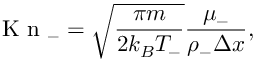
\mathrm { ~ K ~ n ~ } _ { - } = \sqrt { \frac { \pi m } { 2 k _ { B } T _ { - } } } \frac { \mu _ { - } } { \rho _ { - } \Delta x } ,